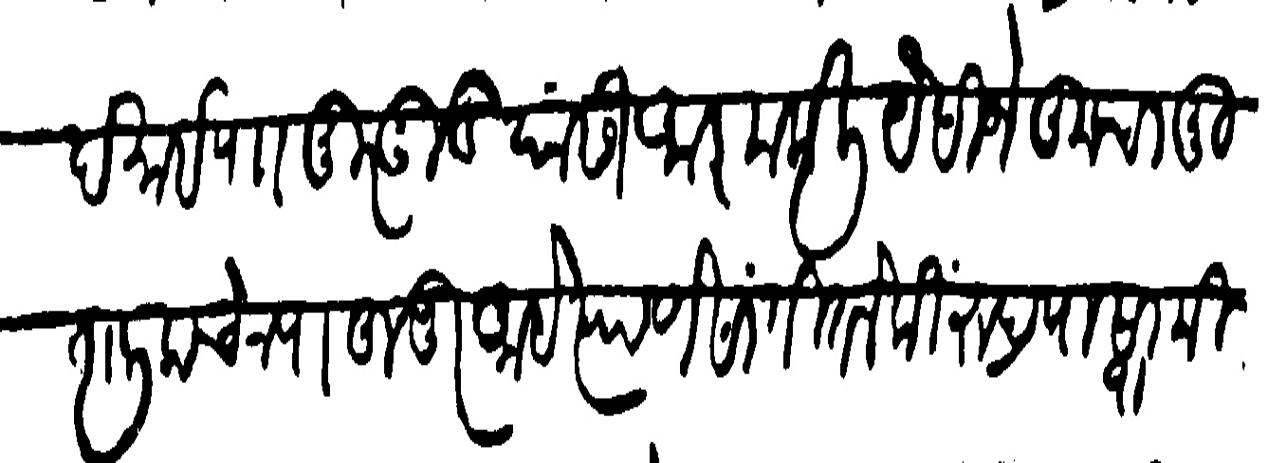
Transliteration (Devanagari): देसाई पाा मुरगूड यांसी आज्ञा केली यैसी जे तुमचा मुतालिक चेनपा हुजूर आहे त्याणे सांगितले कीं रुद्रपा स्वामीचे